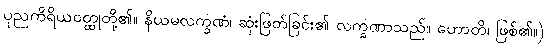
ပုညကိရိယဝတ္ထုတို့၏။ နိယမလက္ခဏံ၊ ဆုံးဖြတ်ခြင်း၏ လက္ခဏာသည်။ ဟောတိ၊ ဖြစ်၏။)